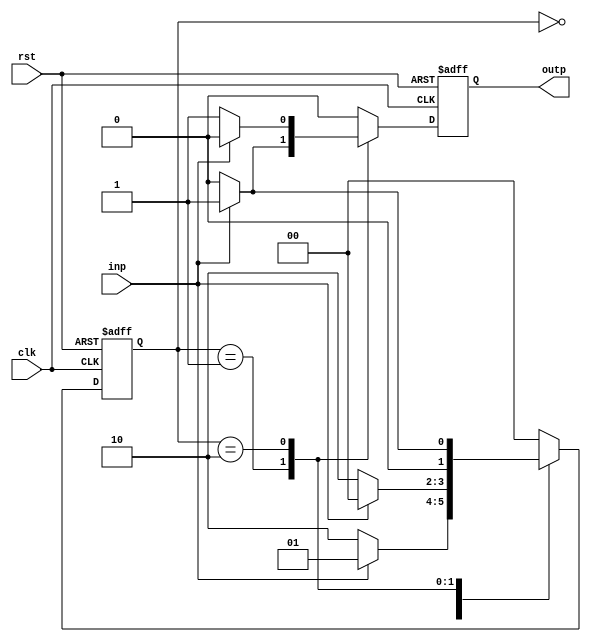
module mealy( clk, rst, inp, outp);

	input clk, rst, inp; output outp;
	reg [1:0] state;
	reg outp;

	always @(posedge clk, posedge rst) 

		begin

		if(rst) 
			begin
			state <= 2'b00;
			outp <= 0;
			end
		else 
			begin 

				case(state) 

				2'b00:

				begin 

					if(inp) 

						begin 
						state <= 2'b01; 
						outp <= 0;
						end

			    	else 

				    	begin
						state <= 2'b10; 
						outp <= 0;
						end
				end
				
				2'b01: 

				begin 

				if(inp) 
					begin 
					state <= 2'b00; 
					outp <= 1;
					end

				else 
					begin 
					state <= 2'b10; 
					outp <= 0;
					end

				end
				
				2'b10: 

				begin 

					if(inp) 

						begin 
						state <= 2'b01; 
						outp <= 0;
						end

					else 

						begin 
						state <= 2'b00; 
						outp <= 1;
						end
				end

				default:

					begin 
					state <= 2'b00; 
					outp <= 0;
					end

				endcase
			end
		end
endmodule

// Test Bench

module mealy_test;

	reg clk, rst, inp; 
	wire outp; 
	reg[15:0] sequence; 
	integer i;

	mealy duty(clk, rst, inp, outp);

	 initial 

		begin 

		clk = 0;
		rst = 1; //Important to initialise
		sequence = 16'b0101011101110010; 
		#5 rst = 0;

		$display("\nIntial State = %b\n",duty.state);

		for(i=0; i<=15; i=i+1)
			begin

				inp = sequence[i];
				#2 clk = 1;
				#2 clk = 0;
				$display(" Input = ", inp, ", Output = ", outp," -> Current State = %b ", duty.state);
			end
		end 

	/*task testing;

		for(i=0; i <= 15; i=i+1) 
		begin

			inp = $random % 2;
			#2 clk = 1;
			#2 clk = 0;
			$display("State = ", duty.state, " Input = ", inp, ", Output = ", outp);
		
		end

	endtask*/

endmodule